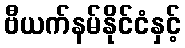
ဗီယက်နမ်နိုင်ငံနှင့်